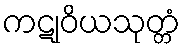
ကဋုဝိယသုတ္တံ